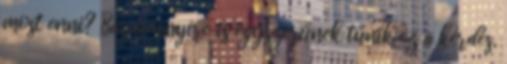
most enni? Bármennyire is egyszerűnek tűnik ez a kérdés,